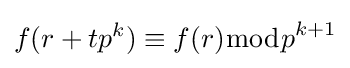
f(r+tp^{k})\equiv f(r){\bmod {p}}^{k+1}